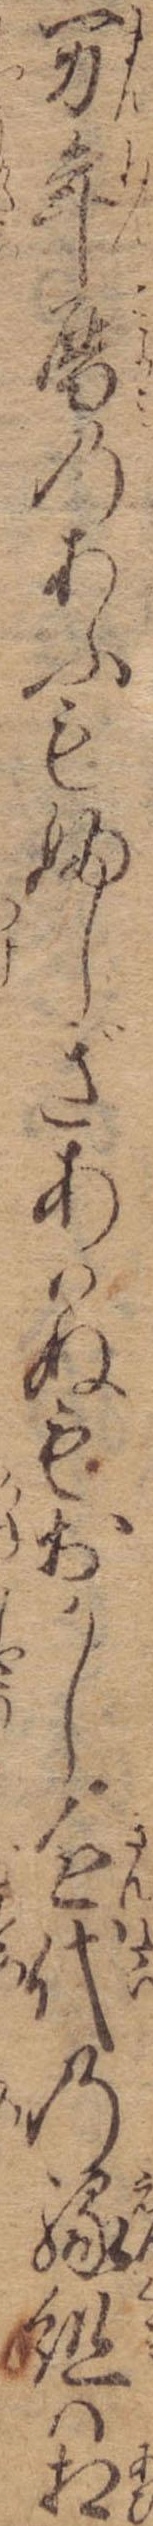
万年暦のあふもふしぎあはぬもおかし近代の縁組は相